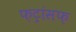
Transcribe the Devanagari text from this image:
फ़ट्रांसफ़